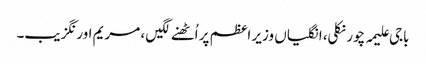
باجی علیمہ چور نکلی، انگلیاں وزیر اعظم پر اُٹھنے لگیں ، مریم اورنگزیب۔